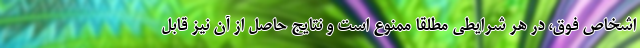
اشخاص فوق، در هر شرایطی مطلقاً ممنوع است و نتایج حاصل از آن نیز قابل